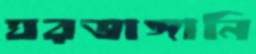
ঘরভাঙ্গানি